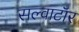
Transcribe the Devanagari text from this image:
सल्वाटॉर